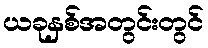
ယခုနှစ်အတွင်းတွင်